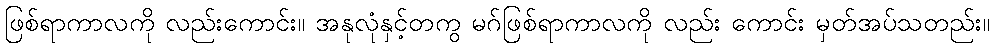
ဖြစ်ရာကာလကို လည်းကောင်း။ အနုလုံနှင့်တကွ မဂ်ဖြစ်ရာကာလကို လည်း ကောင်း မှတ်အပ်သတည်း။